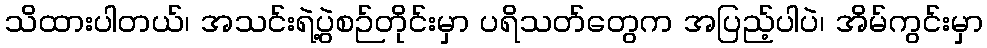
သိထားပါတယ်၊ အသင်းရဲ့ပွဲစဉ်တိုင်းမှာ ပရိသတ်တွေက အပြည့်ပါပဲ၊ အိမ်ကွင်းမှာ